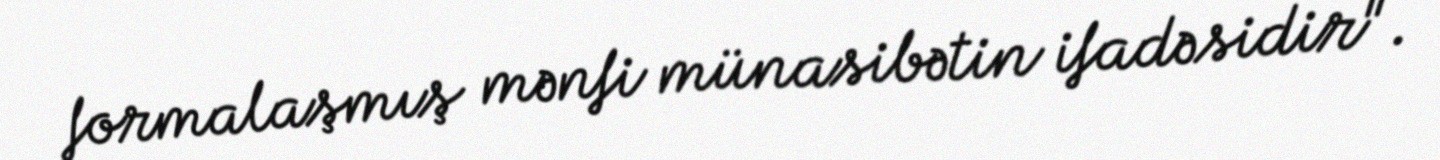
formalaşmış mənfi münasibətin ifadəsidir".